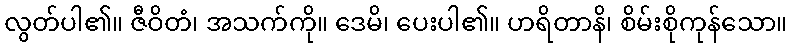
လွတ်ပါ၏။ ဇီဝိတံ၊ အသက်ကို။ ဒေမိ၊ ပေးပါ၏။ ဟရိတာနိ၊ စိမ်းစိုကုန်သော။